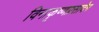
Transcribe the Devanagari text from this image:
विनाकृष्णप्रसादेन